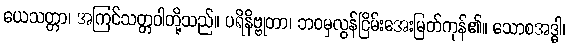
ယေသတ္တာ၊ အကြင်သတ္တဝါတို့သည်။ ပရိနိဗ္ဗုတာ၊ ဘဝမှလွန်ငြိမ်းအေးမြတ်ကုန်၏။ သောစအဒ္ဓါ၊